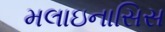
મલાઇનાસિસ